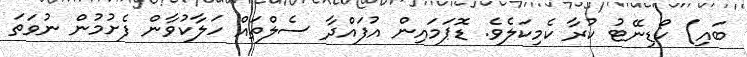
ބައި) ކޯޑިނޭޓު ކުރާ ކެމިކަލެވެ. ޑޮޕަމައިން އުފައްދާ ސެލްތައް ހަލާކުވާން ފެށުމުން ނުވަތަ